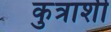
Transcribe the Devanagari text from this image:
कुत्राशी